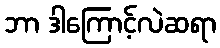
ဘာ ဒါကြောင့်လဲဆရာ